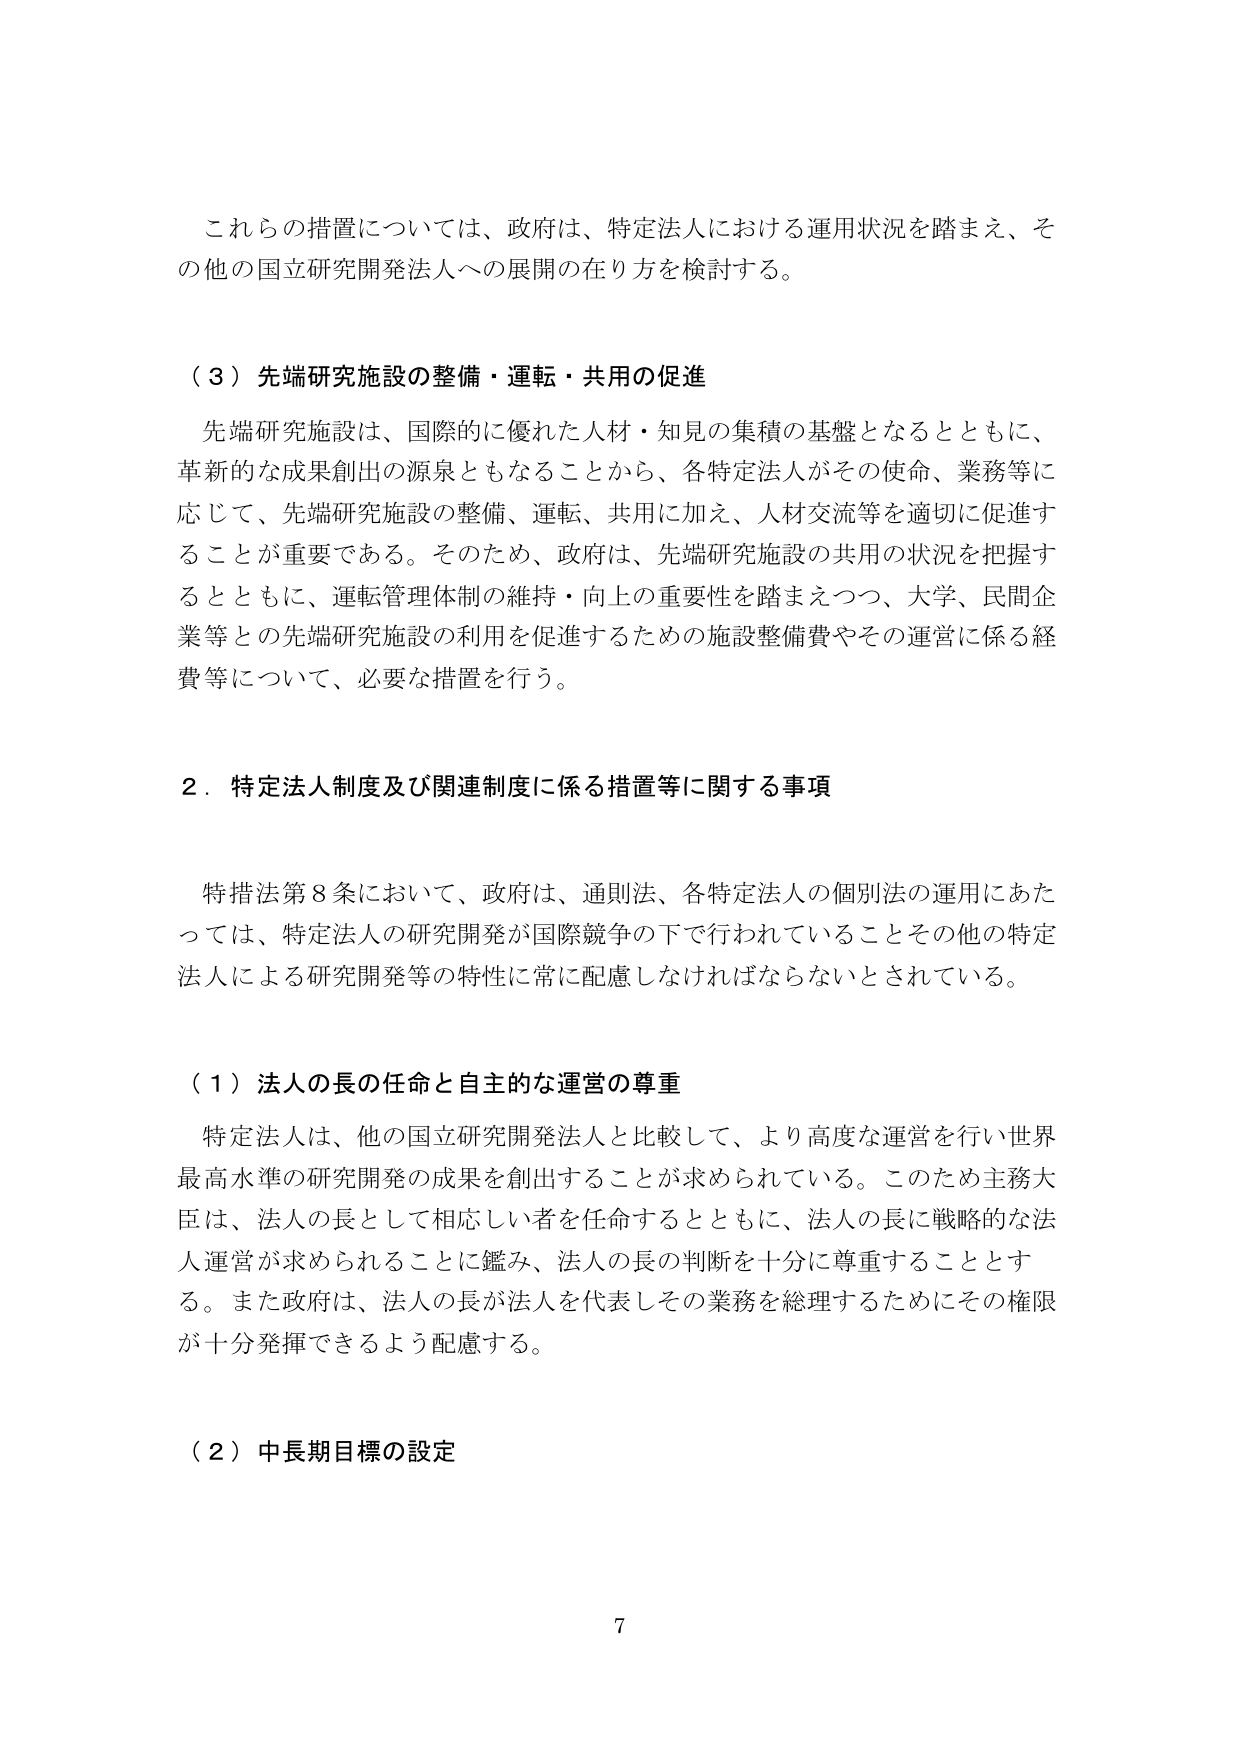
これらの措置については、政府は、特定法人における運用状況を踏まえ、その他の国立研究開発法人への展開の在り方を検討する。

（３）先端研究施設の整備・運転・共用の促進
先端研究施設は、国際的に優れた人材・知見の集積の基盤となるとともに、革新的な成果創出の源泉ともなることから、各特定法人がその使命、業務等に応じて、先端研究施設の整備、運転、共用に加え、人材交流等を適切に促進することが重要である。そのため、政府は、先端研究施設の共用の状況を把握するとともに、運転管理体制の維持・向上の重要性を踏まえつつ、大学、民間企業等との先端研究施設の利用を促進するための施設整備費やその運営に係る経費等について、必要な措置を行う。

２．特定法人制度及び関連制度に係る措置等に関する事項

特措法第８条において、政府は、通則法、各特定法人の個別法の運用にあたっては、特定法人の研究開発が国際競争の下で行われていることとその他の特定法人による研究開発等の特性に常に配慮しなければならないとされている。

（１）法人の長の任命と自主的な運営の尊重
特定法人は、他の国立研究開発法人と比較して、より高度な運営を行い世界最高水準の研究開発の成果を創出することが求められている。このため主務大臣は、法人の長として相応しい者を任命するとともに、法人の長に戦略的な法人運営が求められることに鑑み、法人の長の判断を十分に尊重することとする。また政府は、法人の長が法人を代表しその業務を総理するためにその権限が十分発揮できるよう配慮する。

（２）中長期目標の設定

7